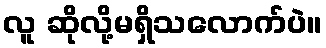
လူ ဆိုလို့မရှိသလောက်ပဲ။